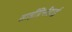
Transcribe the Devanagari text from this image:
साईप्रिनीडाई